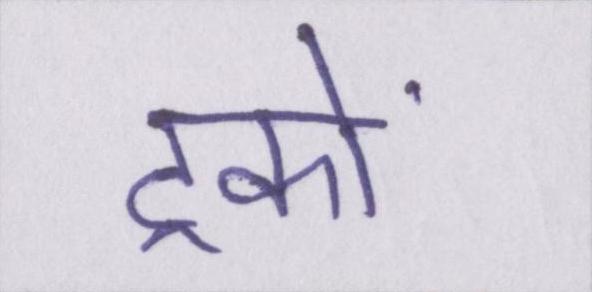
ट्रकों